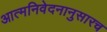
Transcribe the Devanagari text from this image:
आत्मनिवेदनानुसारच